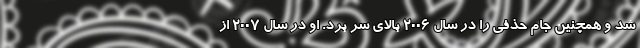
شد و همچنین جام حذفی را در سال 2006 بالای سر برد. او در سال 2007 از